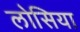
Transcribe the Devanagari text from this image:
लोसिया